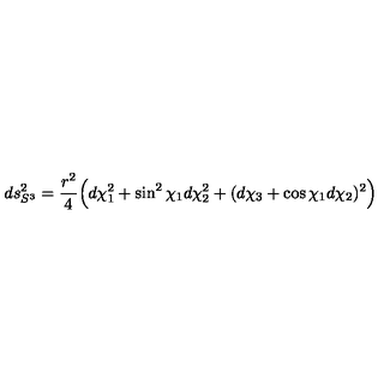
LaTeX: d s _ { S ^ { 3 } } ^ { 2 } = \frac { r ^ { 2 } } { 4 } \Bigl ( d \chi _ { 1 } ^ { 2 } + \sin ^ { 2 } { \chi _ { 1 } } d \chi _ { 2 } ^ { 2 } + ( d \chi _ { 3 } + \cos { \chi _ { 1 } } d \chi _ { 2 } ) ^ { 2 } \Bigr )